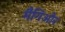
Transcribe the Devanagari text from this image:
मैगिओर